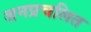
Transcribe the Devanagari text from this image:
जनप्रचलित